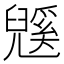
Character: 𭀹